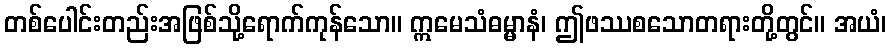
တစ်ပေါင်းတည်းအဖြစ်သို့ရောက်ကုန်သော။ ဣမေသံဓမ္မာနံ၊ ဤဖဿစသောတရားတို့တွင်။ အယံ၊